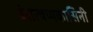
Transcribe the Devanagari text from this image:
वंसत्थप्पकासिनी